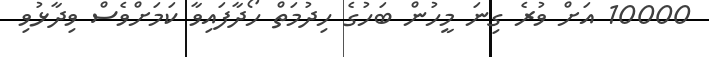
10000 އަށް ވުރެ ގިނަ މީހުން ބަހުގެ ހިދުމަތް ހޯދާފައިވާ ކަމަށްވެސް ވިދާޅުވި